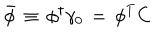
{ \bar { \phi } } \, \equiv \, \phi ^ { \dagger } \gamma _ { 0 } \, = \, \phi ^ { T } C